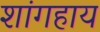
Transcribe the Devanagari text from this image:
शांगहाय